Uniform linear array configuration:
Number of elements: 4
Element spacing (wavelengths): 1
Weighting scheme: exponential
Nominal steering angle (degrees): -15
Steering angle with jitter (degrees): -16.581
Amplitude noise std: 0.05
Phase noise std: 0.05

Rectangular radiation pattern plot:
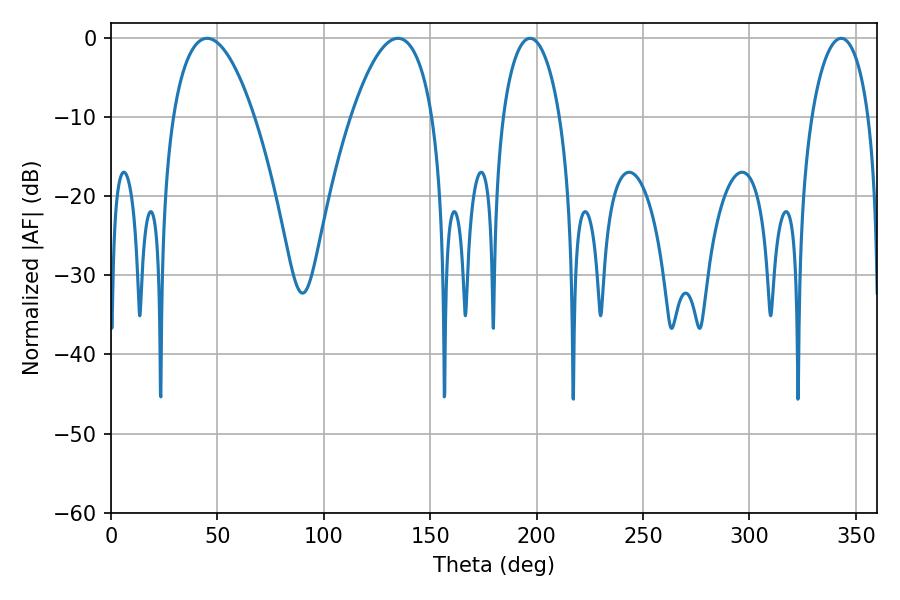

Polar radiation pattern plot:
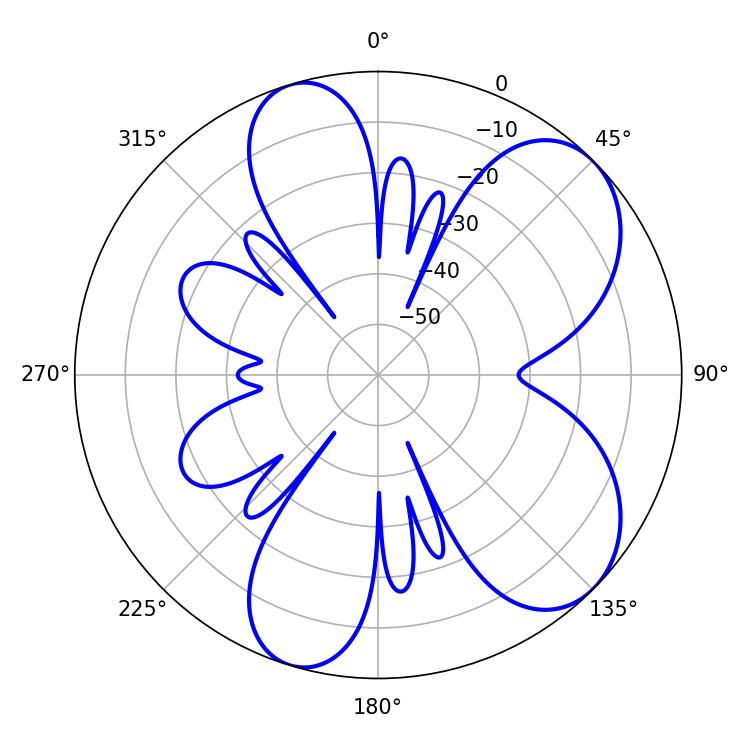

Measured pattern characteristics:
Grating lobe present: TRUE
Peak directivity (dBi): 7.033
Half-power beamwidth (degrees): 21.24
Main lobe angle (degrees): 45.18